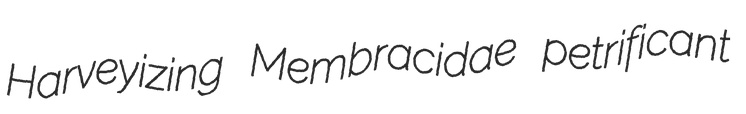
Harveyizing Membracidae petrificant